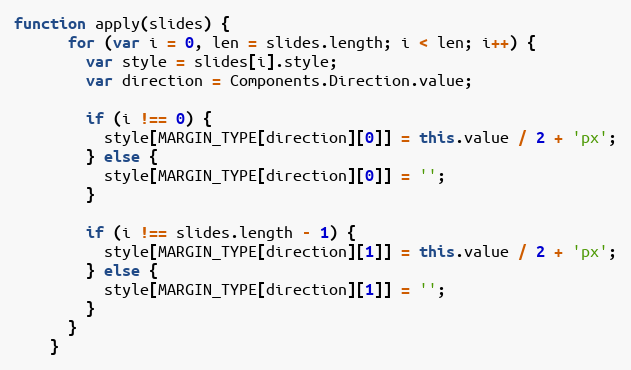
Language: JavaScript
function apply(slides) {
      for (var i = 0, len = slides.length; i < len; i++) {
        var style = slides[i].style;
        var direction = Components.Direction.value;

        if (i !== 0) {
          style[MARGIN_TYPE[direction][0]] = this.value / 2 + 'px';
        } else {
          style[MARGIN_TYPE[direction][0]] = '';
        }

        if (i !== slides.length - 1) {
          style[MARGIN_TYPE[direction][1]] = this.value / 2 + 'px';
        } else {
          style[MARGIN_TYPE[direction][1]] = '';
        }
      }
    }